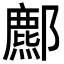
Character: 𨞻